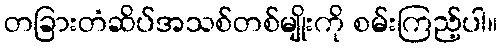
တခြားတံဆိပ်အသစ်တစ်မျိုးကို စမ်းကြည့်ပါ။